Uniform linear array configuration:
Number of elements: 24
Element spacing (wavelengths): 0.75
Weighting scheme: exponential
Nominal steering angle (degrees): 15
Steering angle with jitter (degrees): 14.776
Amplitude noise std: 0.05
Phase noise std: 0.05

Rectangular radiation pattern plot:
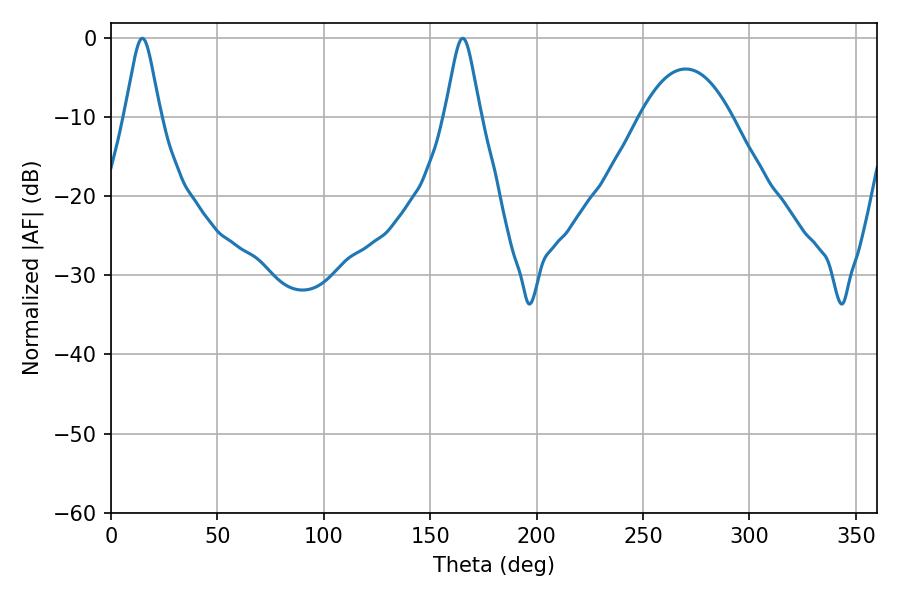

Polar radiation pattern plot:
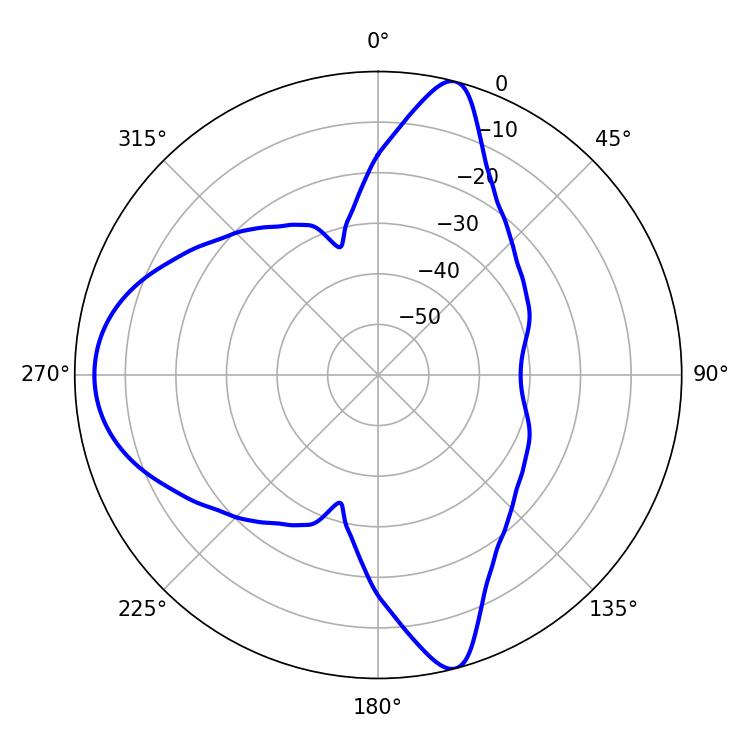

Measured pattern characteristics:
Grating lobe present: TRUE
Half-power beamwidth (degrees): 7.92
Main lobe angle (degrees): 14.76